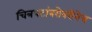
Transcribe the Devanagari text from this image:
चित्रपटांबरोबरीनेच